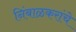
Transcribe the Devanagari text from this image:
निंबाळकरांचे